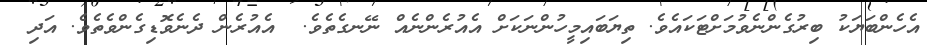
އެހެންބަޔަކު ބިރުގެންނެވުމަށްޓަކައެވެ. ތިޔަބައިމީހުންނަކަށް އެއުރެންނެއް ނޭނގެތެވެ.  އެއުރެން ދެނެވޮޑިގެންވެތެވެ. އަދި